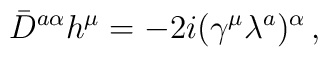
\bar{D}^{a\alpha}h^{\mu}=-2i(\gamma^{\mu}\lambda^{a})^{\alpha}\,,